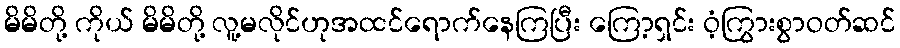
မိမိတို့ ကိုယ် မိမိတို့ လူ့မလိုင်ဟုအထင်ရောက်နေကြပြီး ကြော့ရှင်း ဝံ့ကြွားစွာဝတ်ဆင်